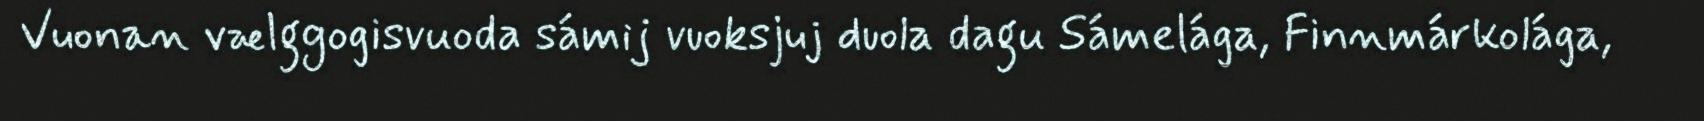
Vuonan vælggogisvuoda sámij vuoksjuj duola dagu Sámelága, Finnmárkolága,